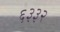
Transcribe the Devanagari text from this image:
६३३२